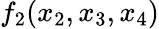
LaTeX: f_{2}(x_{2},x_{3},x_{4})